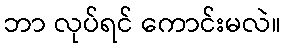
ဘာ လုပ်ရင် ကောင်းမလဲ။